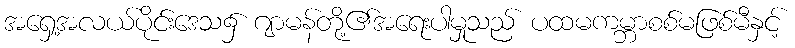
အရှေ့အလယ်ပိုင်းဒေသ၌ ဂျာမန်တို့၏အရေးပါမှုသည် ပထမကမ္ဘာစစ်မဖြစ်မီနှင့်